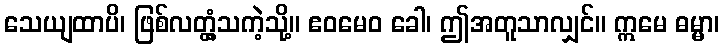
သေယျထာပိ၊ ဖြစ်လတ္တံ့သကဲ့သို့။ ဧဝမေဝ ခေါ၊ ဤအတူသာလျှင်။ ဣမေ ဓမ္မာ၊